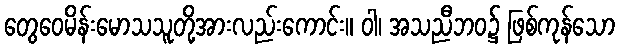
တွေဝေမိန်းမောသသူတို့အားလည်းကောင်း။ ဝါ၊ အသညီဘဝ၌ ဖြစ်ကုန်သော